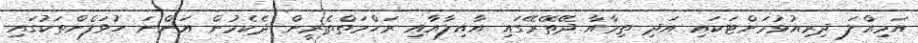
އަމިއްލަ ދިރިއުޅުމަށްޓަކައި އަދި ތިމާއާ ދޭތޭރޭގައި އާއިލާއާއި ރަހްމަތްތެރީން ދެކެމުން އަންނަ ހުވަފެންތަކުގައި